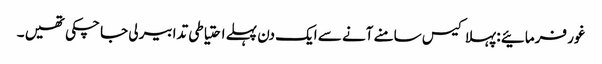
غور فرمائیے : پہلا کیس سامنے آنے سے ایک دن پہلے احتیاطی تدابیر لی جا چکی تھیں ۔